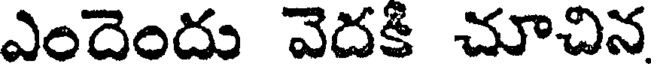
ఎందెందు వెదకి చూచిన